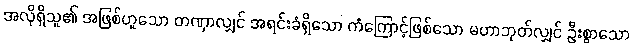
အလိုရှိသူ၏ အဖြစ်ဟူသော တဏှာလျှင် အရင်းခံရှိသော ကံကြောင့်ဖြစ်သော မဟာဘုတ်လျှင် ဦးစွာသော